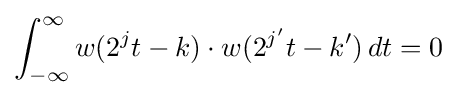
\int _{-\infty }^{\infty }w(2^{j}t-k)\cdot w(2^{j'}t-k')\,dt=0